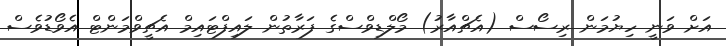
އަށް ވަނީ ހިޔުމަން ރިސޯސް (އެޗްއާރު) މޯލްޑިވްސްގެ ފަރާތުން ލައިފްޓައިމް އެޗީވްމަންޓް އެވޯޑުވެސް